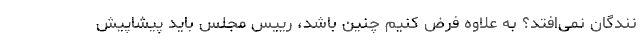
نندگان نمی‌افتد؟ به علاوه فرض کنیم چنین باشد، رییس مجلس باید پیشاپیش